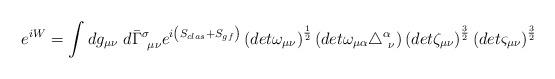
LaTeX: \begin{align*}e^{i W} =\int dg_{\mu \nu }~ d\bar{\Gamma}^\sigma_{~\mu \nu }e^{i \left( S_{clas} + S_{gf} \right) }\left(det \omega_{\mu \nu } \right)^\frac{1}{2}\left(det \omega_{\mu \alpha} \triangle^\alpha_{~\nu} \right)\left(det \zeta_{\mu \nu } \right)^\frac{3}{2}\left(det \varsigma_{\mu \nu } \right)^\frac{3}{2}\end{align*}